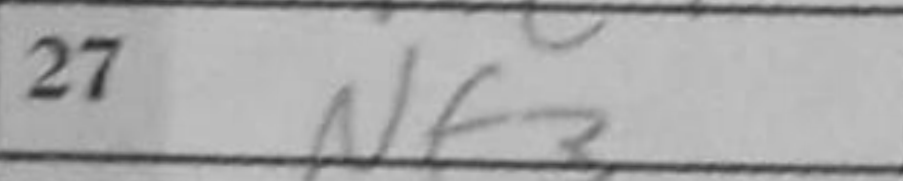
Transcription: Nf3